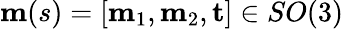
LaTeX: \mathbf{m}(s)=[\mathbf{m}_{1},\mathbf{m}_{2},\mathbf{t}]\in SO(3)